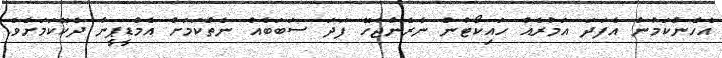
އެހެންކަމުން އެފަދަ އަމުރެއް ހައިކޯޓުން ނެރެންޖެހޭ ފަދަ ސަބަބެއް ނެތްކަމަށް އެމްޑީޕީން ދެކޭކަމަށެވެ.